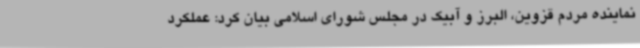
نماینده مردم قزوین، البرز و آبیک در مجلس شورای اسلامی بیان کرد: عملکرد